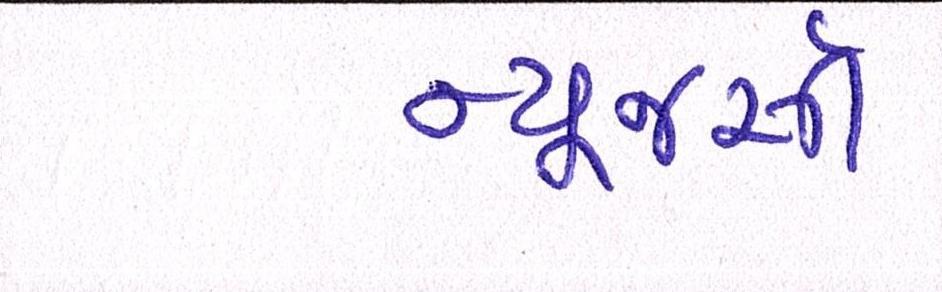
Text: ન્યૂજર્સી